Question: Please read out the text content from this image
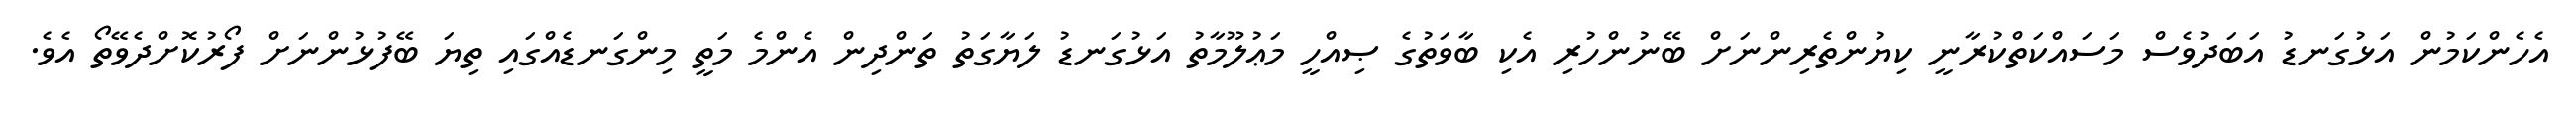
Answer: އެހެންކަމުން އަޅުގަނޑު އަބަދުވެސް މަސައްކަތްކުރާނީ ކިޔުންތެރިންނަށް ބޭނުންހުރި އެކި ބާވަތުގެ ޞިއްހީ މަޢުލޫމާތު އަޅުގަނޑު ލަޔާގަތު ތަންދިން އެންމެ މަތީ މިންގަނޑެއްގައި ތިޔަ ބޭފުޅުންނަށް ފޯރުކޮށްދެވޭތޯ އެވެ.